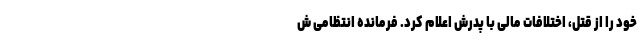
خود را از قتل، اختلافات مالی با پدرش اعلام کرد. فرمانده انتظامی ش